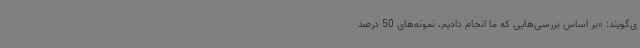
ی‌گویند: «بر اساس بررسی‌هایی که ما انجام دادیم، نمونه‌های 50 درصد